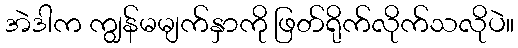
အဲဒါက ကျွန်မမျက်နှာကို ဖြတ်ရိုက်လိုက်သလိုပဲ။